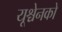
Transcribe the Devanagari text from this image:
यूश्चेनको